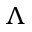
\Lambda